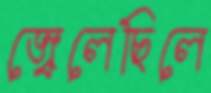
জ্বেলেছিলে